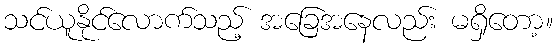
သင်ယူနိုင်လောက်သည့် အခြေအနေလည်း မရှိတော့။